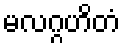
မလဂ္ဂဟိတံ